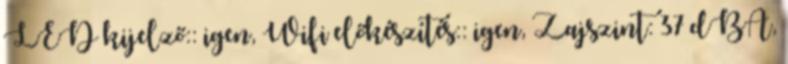
LED kijelző:: igen, Wifi előkészítés:: igen, Zajszint: 37 dBA,